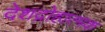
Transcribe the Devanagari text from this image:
देशद्रोहात्मक